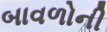
બાવળોની